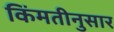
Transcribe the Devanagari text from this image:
किंमतीनुसार